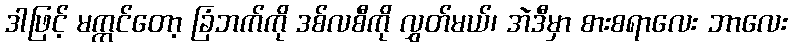
ဒါဖြင့် မက္ကင်တော့ ခြံဘက်ကို ဒစ်လစီကို လွှတ်မယ်၊ အဲဒီမှာ စားစရာလေး ဘာလေး